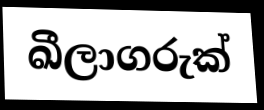
ඛීලාගරුක්